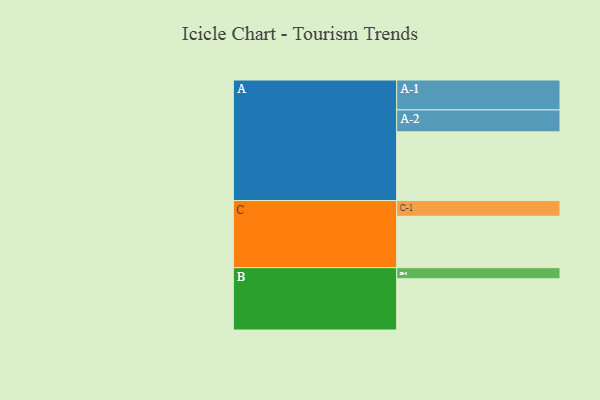
{"axis": {"x": "Segment", "y": "Value"}, "legend": ["", "A", "B", "C"], "data": [{"x": "A", "y": 432, "type": ""}, {"x": "B", "y": 322, "type": ""}, {"x": "C", "y": 323, "type": ""}, {"x": "A-1", "y": 188, "type": "A"}, {"x": "A-2", "y": 138, "type": "A"}, {"x": "B-1", "y": 70, "type": "B"}, {"x": "C-1", "y": 99, "type": "C"}]}